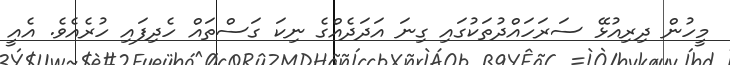
މީހުން ދިރިއުޅޭ ސަރަހައްދުތަކުގައި ގިނަ އަދަދެއްގެ ނިކަ ގަސްތައް ހެދިފައި ހުރެއެވެ. އެއީ